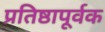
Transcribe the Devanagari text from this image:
प्रतिष्ठापूर्वक